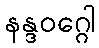
နန္ဒဝဂ္ဂေါ